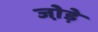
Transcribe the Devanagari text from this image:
जो़ड़े